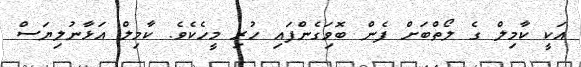
އަކީ ކާމިލް ގެ ލޯތްބަށް ފެން ބޮވަިގެންފައި ހުރި މީހެކެވެ. ކާމިލް އަޅާނުލިޔަސް